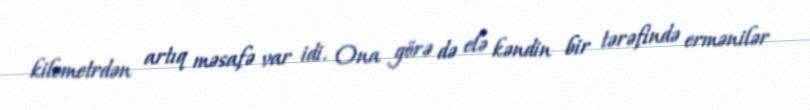
kilometrdən artıq məsafə var idi. Ona görə də elə kəndin bir tərəfində ermənilər